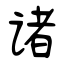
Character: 诸